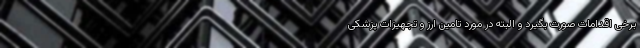
برخی اقدامات صورت بگیرد و البته در مورد تامین ارز و تجهیزات پزشکی